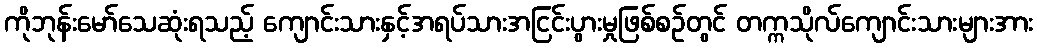
ကိုဘုန်းမော်သေဆုံးရသည့် ကျောင်းသားနှင့်အရပ်သားအငြင်းပွားမှုဖြစ်စဉ်တွင် တက္ကသိုလ်ကျောင်းသားများအား